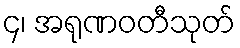
၄၊ အရုဏဝတီသုတ်